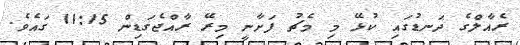
ރެއާލްގެ ދަނޑުގައި ކުޅޭ މި މެޗު ފަށާނީ މިރޭ ރާއްޖެގަޑިން 11:15 ގައެވެ.